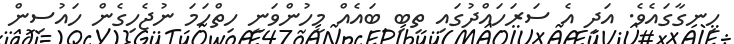
ހިނގާގައެވެ. އަދި އެ ސަރަހައްދުގައި ތިބި ބައެއް މީހުންވަނީ ހިތްހަމަ ނުޖެހިގެން ހައުސިން